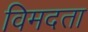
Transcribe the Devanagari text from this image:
विमदता